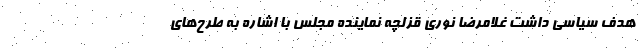
هدف سیاسی داشت غلامرضا نوری قزلچه نماینده مجلس با اشاره به طرح‌های